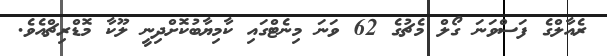
ރެއާލްގެ ފަސްވަނަ ގޯލް މެޗުގެ 62 ވަނަ މިނެޓްގައި ކާމިޔާބުކޮށްދިނީ ލޫކާ މޮޑްރިޗްއެވެ.